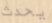
يحدث